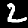
Label: 2